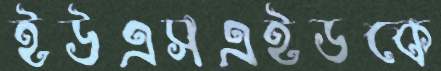
ইউএসএইডকে